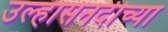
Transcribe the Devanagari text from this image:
उल्हासनदीच्या